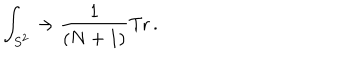
\int _ { S ^ { 2 } } \to { \frac { 1 } { ( N + 1 ) } } \mathrm { T r } \, .